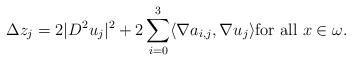
LaTeX: \begin{align*}\Delta z_j = 2 |D^2 u_j|^2 + 2\sum^3_{i=0} \langle \nabla a_{i,j}, \nabla u_j\rangle \mbox{for all } x \in \omega.\end{align*}